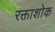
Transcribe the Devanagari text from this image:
रक्ताशोक